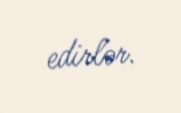
edirlər.